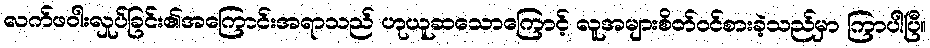
လက်ဖဝါးလှုပ်ခြင်း၏အကြောင်းအရာသည် ဟုယူဆသောကြောင့် လူအများစိတ်ဝင်စားခဲ့သည်မှာ ကြာပါပြီ။